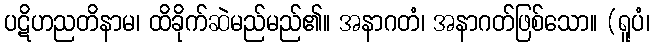
ပဋိဟညတိနာမ၊ ထိခိုက်ဆဲမည်မည်၏။ အနာဂတံ၊ အနာဂတ်ဖြစ်သော။ (ရူပံ၊